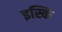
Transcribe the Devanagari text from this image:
इस्कि